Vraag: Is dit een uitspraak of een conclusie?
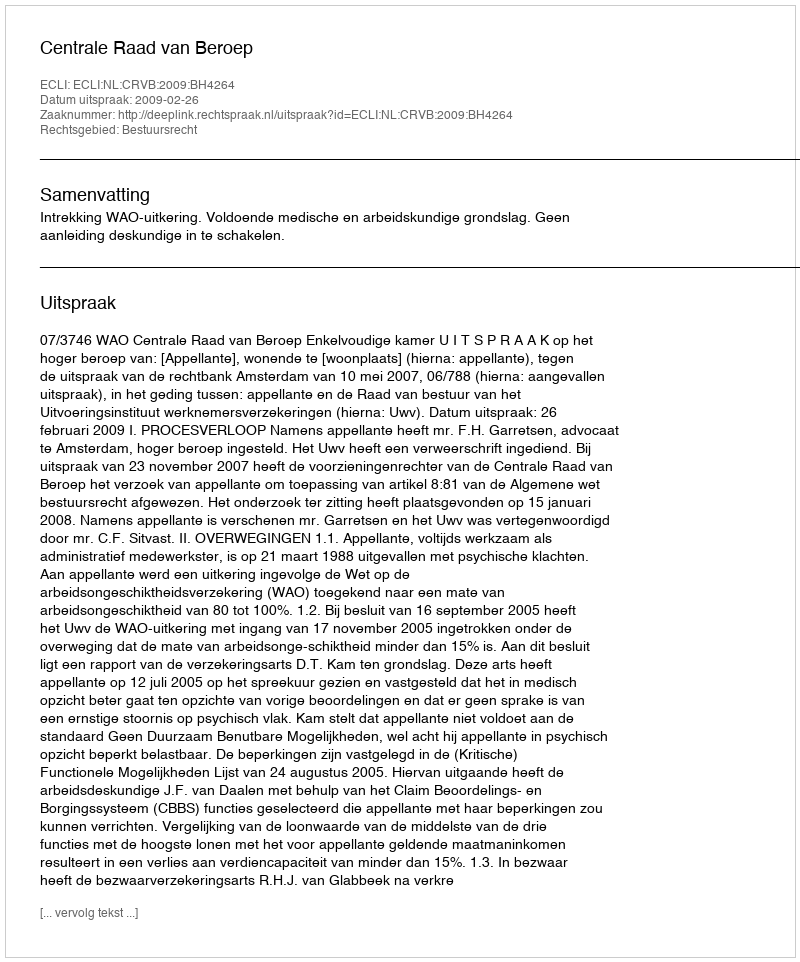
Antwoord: Uitspraak